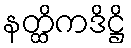
နတ္ထိကဒိဋ္ဌိ